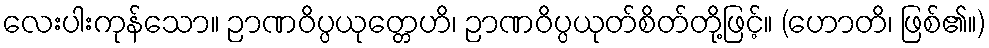
လေးပါးကုန်သော။ ဉာဏဝိပ္ပယုတ္တေဟိ၊ ဉာဏဝိပ္ပယုတ်စိတ်တို့ဖြင့်။ (ဟောတိ၊ ဖြစ်၏။)